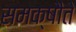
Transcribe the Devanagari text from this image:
समक्षौते